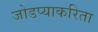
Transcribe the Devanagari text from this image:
जोडप्याकरिता